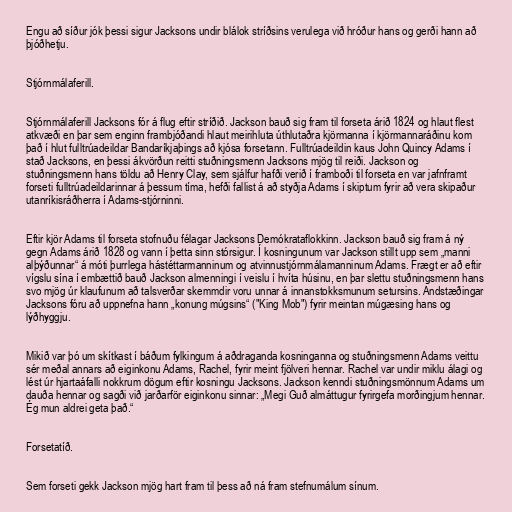
Engu að síður jók þessi sigur Jacksons undir blálok stríðsins verulega við hróður hans og gerði hann að
þjóðhetju.

Stjórnmálaferill.

Stjórnmálaferill Jacksons fór á flug eftir stríðið. Jackson bauð sig fram til forseta árið 1824 og hlaut flest
atkvæði en þar sem enginn frambjóðandi hlaut meirihluta úthlutaðra kjörmanna í kjörmannaráðinu kom
það í hlut fulltrúadeildar Bandaríkjaþings að kjósa forsetann. Fulltrúadeildin kaus John Quincy Adams í
stað Jacksons, en þessi ákvörðun reitti stuðningsmenn Jacksons mjög til reiði. Jackson og
stuðningsmenn hans töldu að Henry Clay, sem sjálfur hafði verið í framboði til forseta en var jafnframt
forseti fulltrúadeildarinnar á þessum tíma, hefði fallist á að styðja Adams í skiptum fyrir að vera skipaður
utanríkisráðherra í Adams-stjórninni.

Eftir kjör Adams til forseta stofnuðu félagar Jacksons Demókrataflokkinn. Jackson bauð sig fram á ný
gegn Adams árið 1828 og vann í þetta sinn stórsigur. Í kosningunum var Jackson stillt upp sem „manni
alþýðunnar“ á móti þurrlega hástéttarmanninum og atvinnustjórnmálamanninum Adams. Frægt er að eftir
vígslu sína í embættið bauð Jackson almenningi í veislu í hvíta húsinu, en þar slettu stuðningsmenn hans
svo mjög úr klaufunum að talsverðar skemmdir voru unnar á innanstokksmunum setursins. Andstæðingar
Jacksons fóru að uppnefna hann „konung múgsins“ ("King Mob") fyrir meintan múgæsing hans og
lýðhyggju.

Mikið var þó um skítkast í báðum fylkingum á aðdraganda kosninganna og stuðningsmenn Adams veittu
sér meðal annars að eiginkonu Adams, Rachel, fyrir meint fjölveri hennar. Rachel var undir miklu álagi og
lést úr hjartaáfalli nokkrum dögum eftir kosningu Jacksons. Jackson kenndi stuðningsmönnum Adams um
dauða hennar og sagði við jarðarför eiginkonu sinnar: „Megi Guð almáttugur fyrirgefa morðingjum hennar.
Ég mun aldrei geta það.“

Forsetatíð.

Sem forseti gekk Jackson mjög hart fram til þess að ná fram stefnumálum sínum.